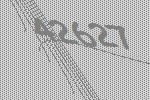
42627